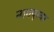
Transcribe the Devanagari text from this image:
नागपूरवर